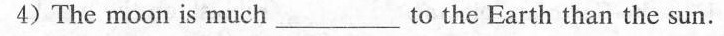
4) The moon is much ___ to the Earth than the sun.